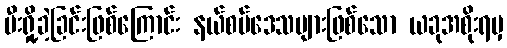
မီးရှို့ခဲ့ခြင်းဖြစ်ကြောင်း နယ်စပ်ဒေသများဖြစ်သော ယခုအစိုးရမှ